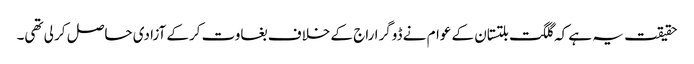
حقیقت یہ ہے کہ گلگت بلتستان کے عوام نے ڈوگرا راج کے خلاف بغاوت کرکے آزادی حاصل کر لی تھی۔